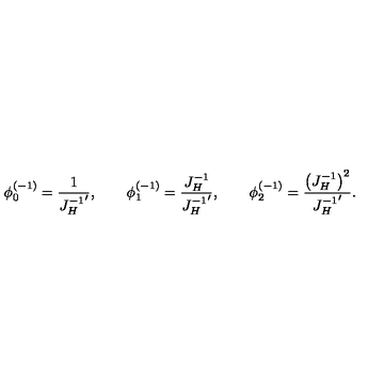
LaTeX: \phi _ { 0 } ^ { ( - 1 ) } = { \frac { 1 } { { J _ { H } ^ { - 1 } } ^ { \prime } } } , \qquad \phi _ { 1 } ^ { ( - 1 ) } = { \frac { J _ { H } ^ { - 1 } } { { J _ { H } ^ { - 1 } } ^ { \prime } } } , \qquad \phi _ { 2 } ^ { ( - 1 ) } = { \frac { \left( J _ { H } ^ { - 1 } \right) ^ { 2 } } { { J _ { H } ^ { - 1 } } ^ { \prime } } } .